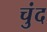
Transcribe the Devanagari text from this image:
चुंद